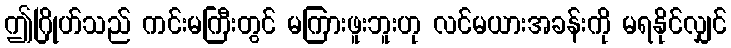
ဤဂြိုဟ်သည် ကင်းမကြီးတွင် မကြားဖူးဘူးဟု လင်မယားအခန်းကို မရနိုင်လျှင်